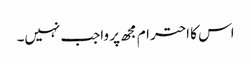
اس کا احترام مجھ پر واجب نہیں۔